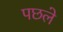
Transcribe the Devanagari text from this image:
पछले